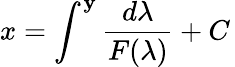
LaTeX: x=\int^{\mathbf{y}}{\frac{{d\lambda}}{{F(\lambda)}}}+C\,